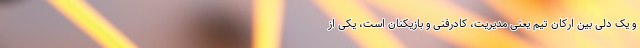
و یک دلی بین ارکان تیم یعنی مدیریت، کادرفنی و بازیکنان است، یکی از